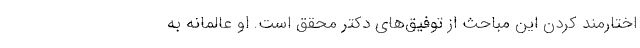
اختارمند کردن این مباحث از توفیق‌های دکتر محقق است. او عالمانه به